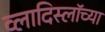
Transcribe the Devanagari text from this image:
व्लादिस्लॉच्या